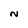
Character: N